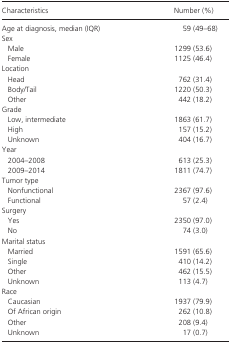
<table><thead><tr><td><b>Characteristics</b></td><td><b>Number (%)</b></td></tr></thead><tbody><tr><td>Age at diagnosis, median (IQR)</td><td>59 (49–68)</td></tr><tr><td colspan="2">Sex</td></tr><tr><td>Male</td><td>1299 (53.6)</td></tr><tr><td>Female</td><td>1125 (46.4)</td></tr><tr><td colspan="2">Location</td></tr><tr><td>Head</td><td>762 (31.4)</td></tr><tr><td>Body/Tail</td><td>1220 (50.3)</td></tr><tr><td>Other</td><td>442 (18.2)</td></tr><tr><td colspan="2">Grade</td></tr><tr><td>Low, intermediate</td><td>1863 (61.7)</td></tr><tr><td>High</td><td>157 (15.2)</td></tr><tr><td>Unknown</td><td>404 (16.7)</td></tr><tr><td colspan="2">Year</td></tr><tr><td>2004–2008</td><td>613 (25.3)</td></tr><tr><td>2009–2014</td><td>1811 (74.7)</td></tr><tr><td colspan="2">Tumor type</td></tr><tr><td>Nonfunctional</td><td>2367 (97.6)</td></tr><tr><td>Functional</td><td>57 (2.4)</td></tr><tr><td colspan="2">Surgery</td></tr><tr><td>Yes</td><td>2350 (97.0)</td></tr><tr><td>No</td><td>74 (3.0)</td></tr><tr><td colspan="2">Marital status</td></tr><tr><td>Married</td><td>1591 (65.6)</td></tr><tr><td>Single</td><td>410 (14.2)</td></tr><tr><td>Other</td><td>462 (15.5)</td></tr><tr><td>Unknown</td><td>113 (4.7)</td></tr><tr><td colspan="2">Race</td></tr><tr><td>Caucasian</td><td>1937 (79.9)</td></tr><tr><td>Of African origin</td><td>262 (10.8)</td></tr><tr><td>Other</td><td>208 (9.4)</td></tr><tr><td>Unknown</td><td>17 (0.7)</td></tr></tbody></table>